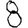
Digit: 8